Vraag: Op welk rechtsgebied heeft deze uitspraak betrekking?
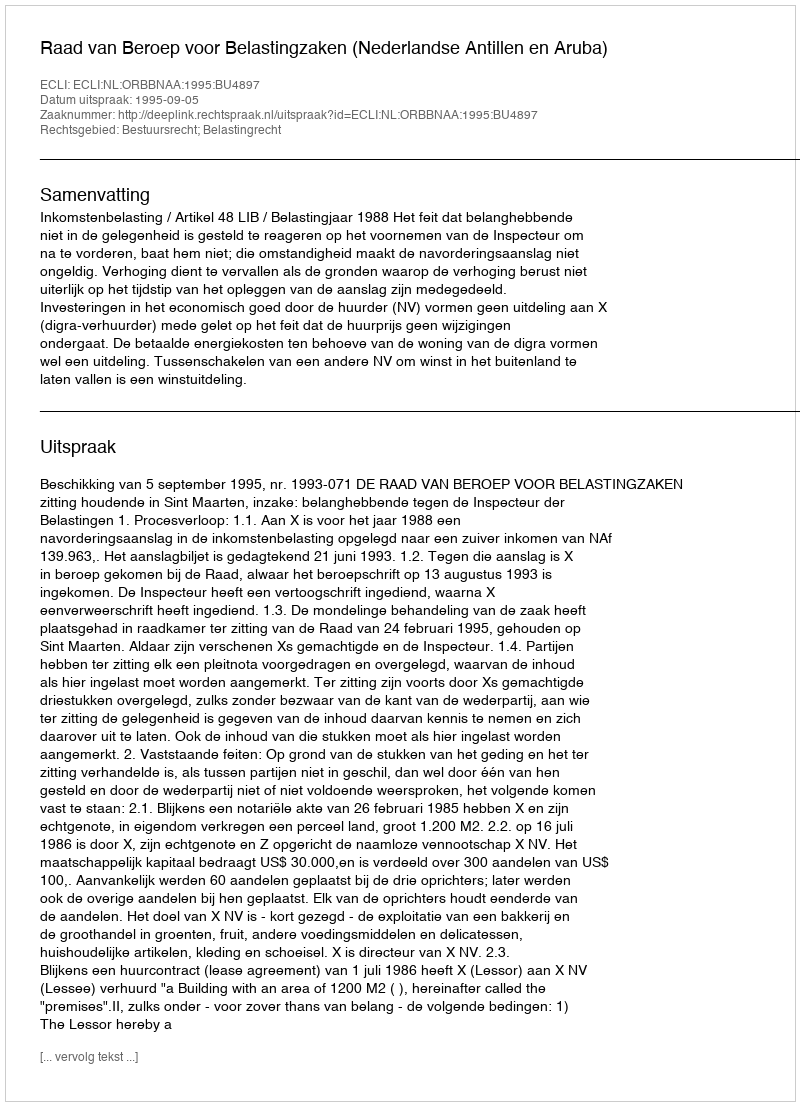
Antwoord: Bestuursrecht; Belastingrecht